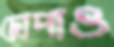
ছোপাও